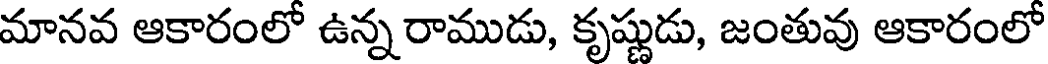
మానవ ఆకారంలో ఉన్న రాముడు, కృష్ణుడు, జంతువు ఆకారంలో